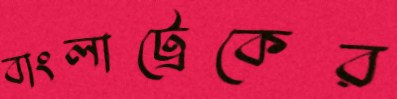
বাংলাট্রেকের